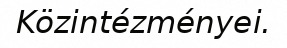
Közintézményei.